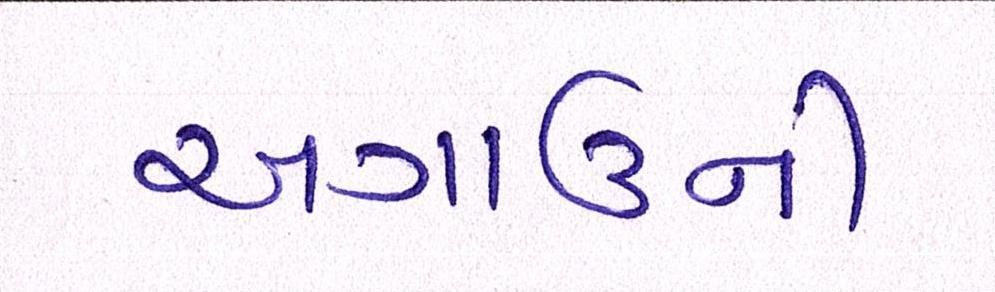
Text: અગાઉની